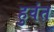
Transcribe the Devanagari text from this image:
हुवंत